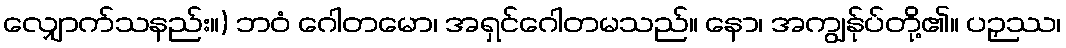
လျှောက်သနည်း။) ဘဝံ ဂေါတမော၊ အရှင်ဂေါတမသည်။ နော၊ အကျွန်ုပ်တို့၏။ ပဉှဿ၊